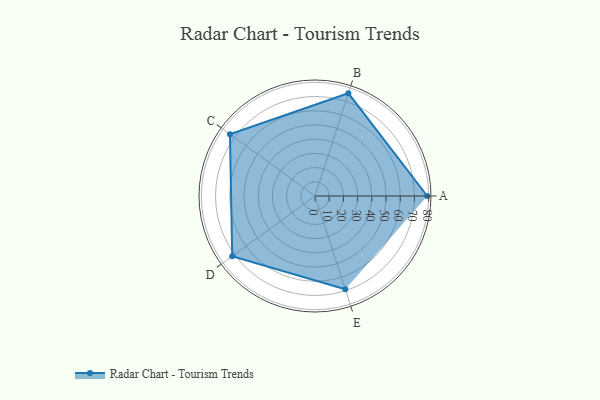
{"axis": {"x": "Skill", "y": "Score"}, "legend": ["Profile"], "data": [{"x": "A", "y": 79.0, "type": "Profile"}, {"x": "B", "y": 76.0, "type": "Profile"}, {"x": "C", "y": 74.0, "type": "Profile"}, {"x": "D", "y": 72.0, "type": "Profile"}, {"x": "E", "y": 69.0, "type": "Profile"}]}